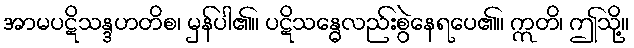
အာမပဋိသန္ဒဟတိစ၊ မှန်ပါ၏။ ပဋိသန္ဓေလည်းစွဲနေရပေ၏။ ဣတိ၊ ဤသို့။